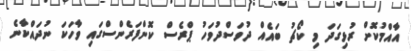
އާއްމުކޮށް ރުޅިގަދަ މި ކޯޗު ބައެއް ދުވަސްދުވަހު ޕްރެސް ކޮންފަރެންސްގައި ވާހަކަ ނުދައްކާނެ